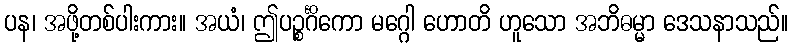
ပန၊ အဖို့တစ်ပါးကား။ အယံ၊ ဤပဉ္စင်္ဂိကော မဂ္ဂေါ ဟောတိ ဟူသော အဘိဓမ္မာ ဒေသနာသည်။